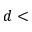
d <